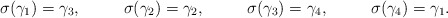
\begin{align*}\sigma(\gamma_1) &= \gamma_3,&\sigma(\gamma_2) &= \gamma_2,&\sigma(\gamma_3) &= \gamma_4,&\sigma(\gamma_4) &= \gamma_1.\end{align*}